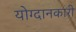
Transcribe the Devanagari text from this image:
योग्दानकारी